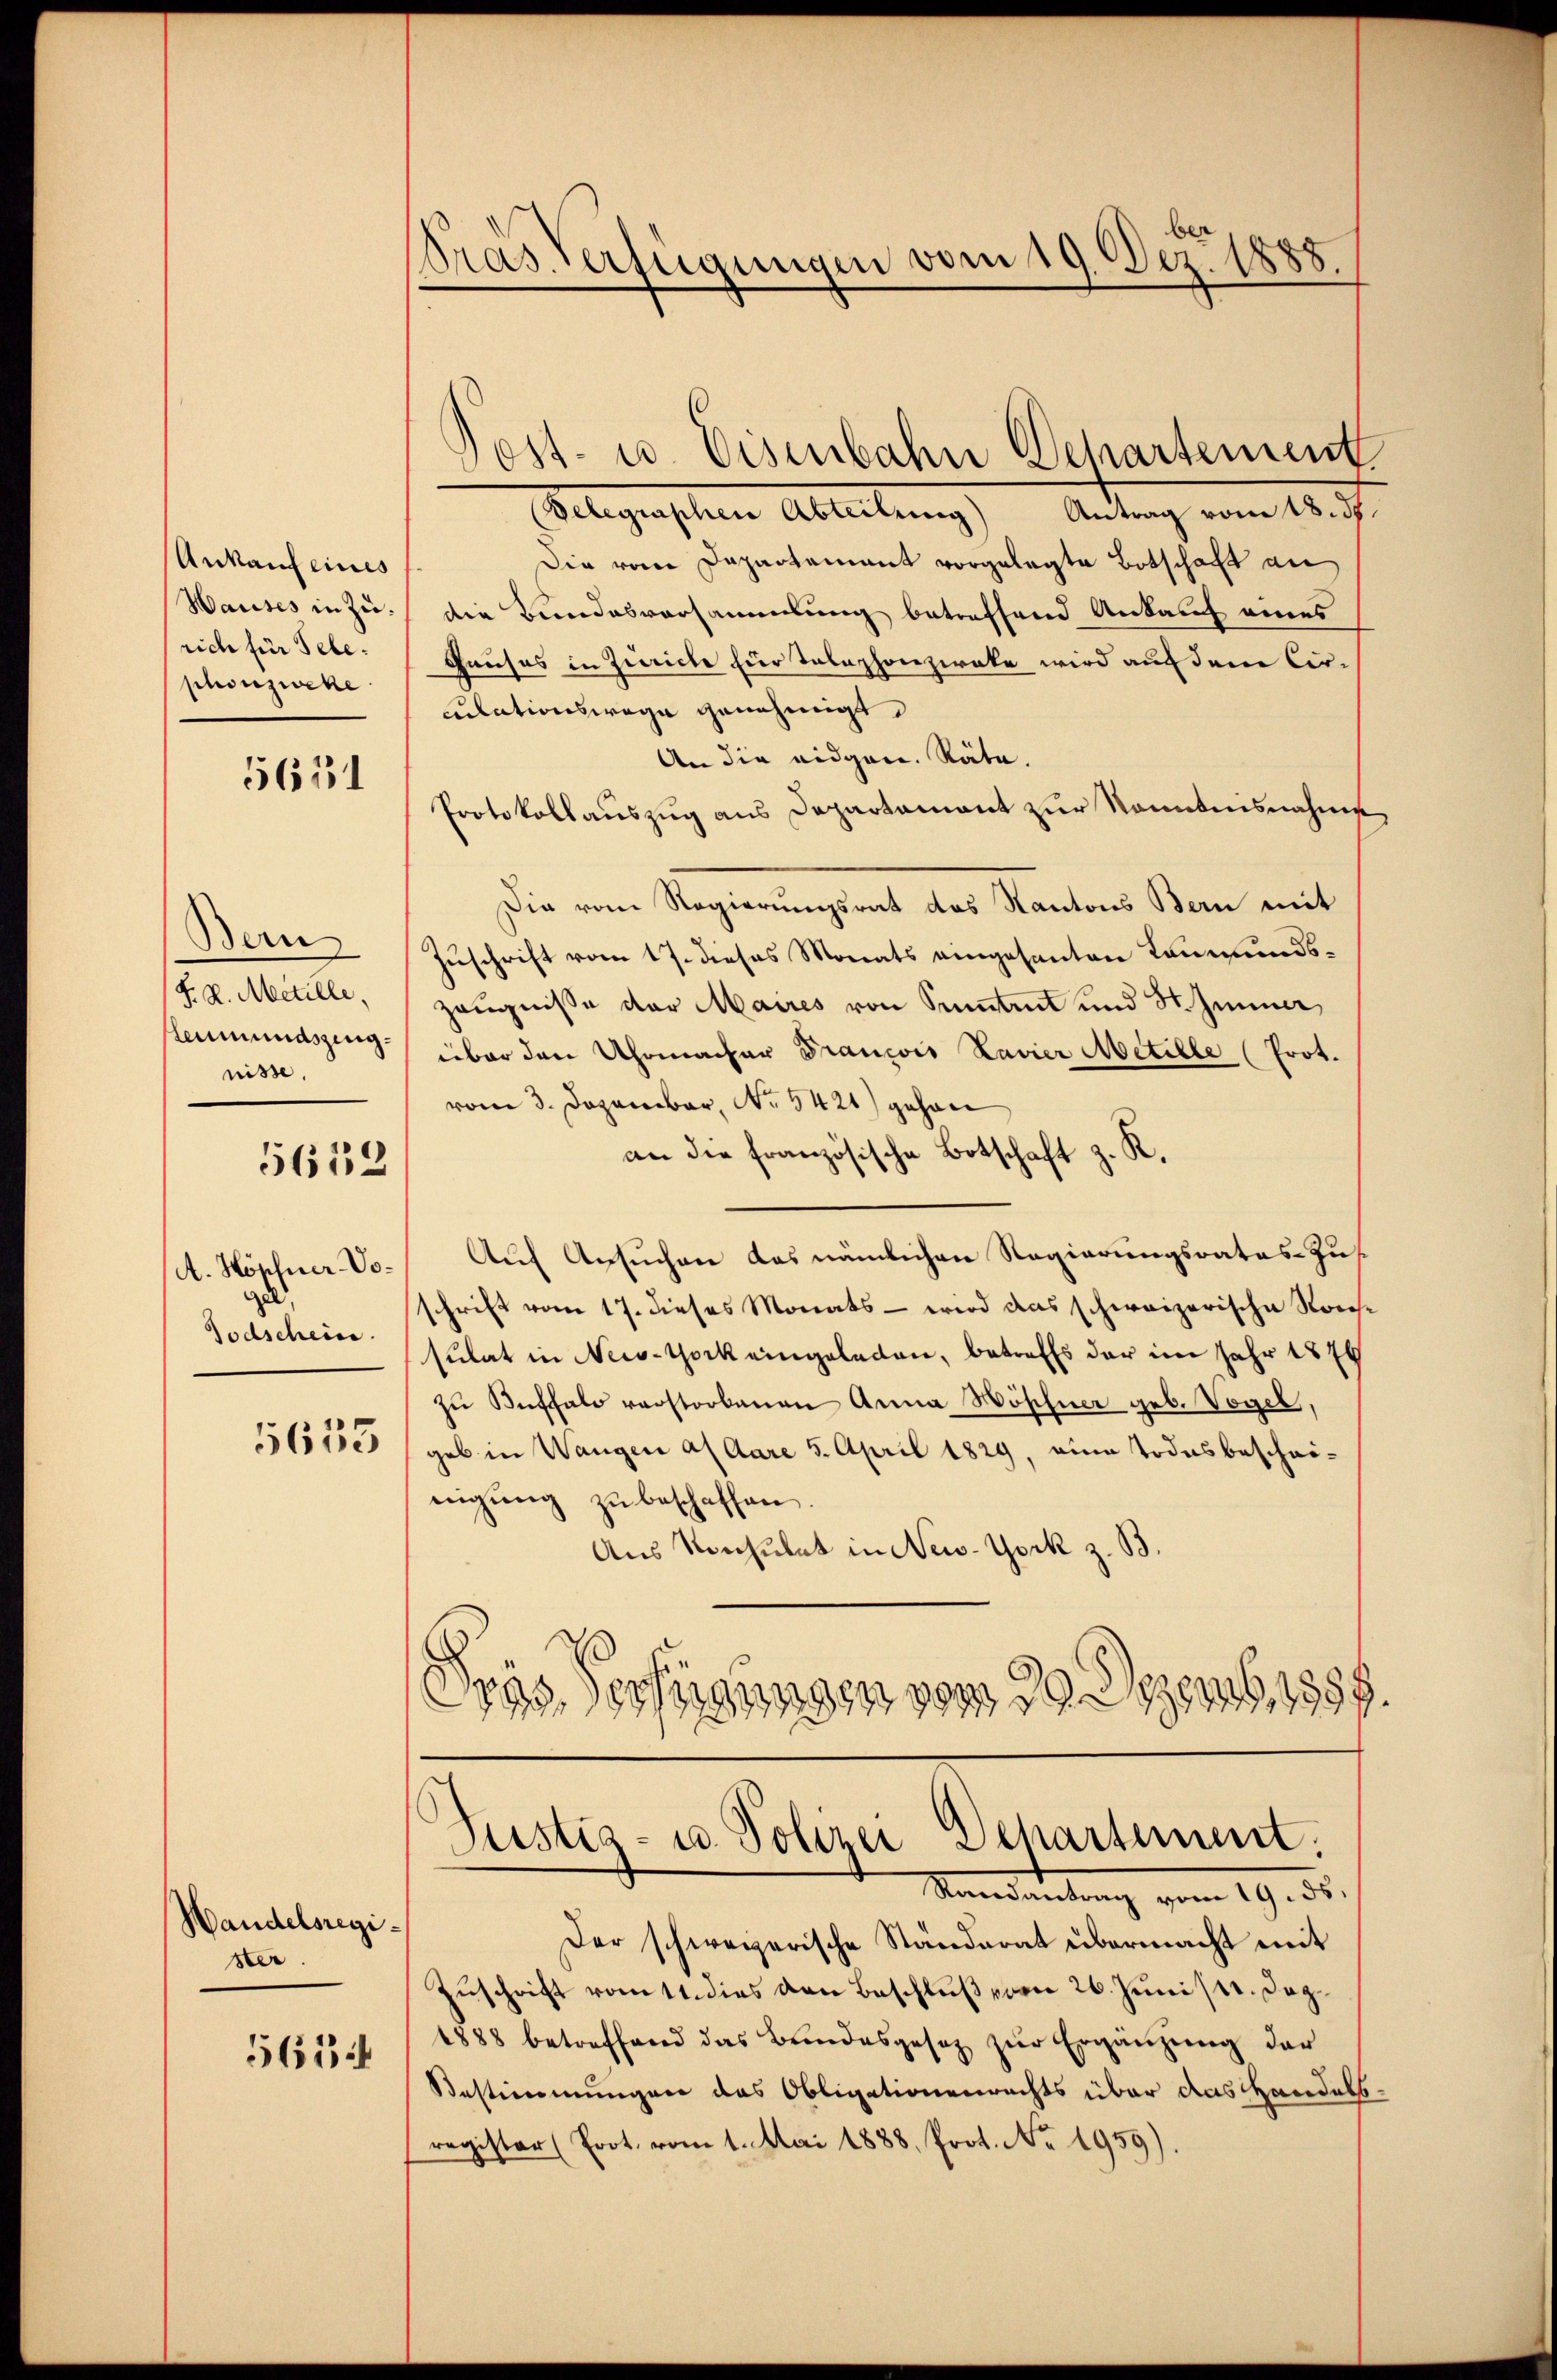
Ankauf eines
Wauses in Zürich für Tele.
phouzweke

5621

Bern
F. L. Mitille,
leumundszeugnisse.

5652

A. Höpfner Vo¬

5655

Handelsregister
5614

ber
Pras Verfügungen vom 19. Dez.
888.

(Velegraphen Abteilung) Antrag vom 18. d.
sie vom Departement vorgelegte Botschaft an
die Bundesversammlung betreffend Ankauf eines
Hauses in Zürich für Telephonziake wird auf den Ciruilationswege genehmigt
An die eidgen. Räte.
Protokollauszug aus Departament zur Kenntnisnahme
Die vom Regierungsrat das Kantons Bern mit
Zuschrift vom 17. dieses Monats eingesanten Leumundszeugnisse der Maires von Seitet und St. Zimmer,
über den Uhrmacher Francois Lavier Metille (Prot.
vom 3. Dezember, No. 5421) gehene
an die französische Botschaft z. R.
Auf Ansuchen das nämlichen Regierungsrates Zus
schrift vom 17. dieses Monats - wird das schweizerische Nach¬
Godscheine Zulat in New-York eingeladen, betreffs der im Jahr 1874
zŭ Buffalo verstorbenen Anna Wöschner geb. Vogel,
geb in Wangen af Aare 5. April 1829, eine Todesbescheinigung zu beschaffen.
Aus Konsulat in New-York z. B.
Pas Verfügungen vom 29. Dezemb. 1889.

Post- u. Eisenbahn Departement

Justiz- u. Polizei Departement.
Mandantung vom 19. ds.

Der schweizerische Ständerat übermacht mit
Zuschrift vom 11. dies den Beschluß vom 26. Juni st. Dag¬
1888 betreffend das Brandesgesetz zŭr Ergänzung der
Bestimmungen das Obligationenrechts über das Handels
register (Prot. vom 1. Mai 1888, Prot. No. 1959).